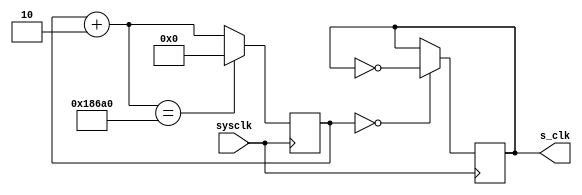
`timescale 1ns / 1ps

module scan_clk(
    input sysclk,
    output s_clk
    );
    reg[27:0] state;
    reg[27:0] divide;
    reg s_clk_1;
assign s_clk = s_clk_1;
initial
begin
    s_clk_1 = 0;
    state = 28'b0000_0000_0000_0000_0000_0000_0000;
    divide = 28'b0000_0000_0001_1000_0110_1010_0000; //ratio = 100,000, frequency = 1,000Hz
end
always@ (posedge sysclk)
begin
    if(state == 0) 
        s_clk_1 = ~s_clk_1;
    state = state + 21'b000_0000_0000_0000_0000_10;
    if(state == divide)
        state = 28'b0000_0000_0000_0000_0000_0000_0000;
end
endmodule